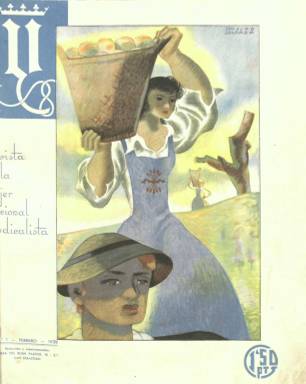
Título: Y (Madrid)
Otros títulos: Revista de la mujer nacional sindicalista || Revista para la mujer, Y || Y, revista de la mujer || Para la mujer, Y || Y, para la mujer || Y griega
Colección: Revistas femeninas
Ámbito geográfico: Madrid
Lugar de publicación: Madrid
Fechas: 01/02/1938-01/12/1945

Nacida en plena Guerra Civil, esta revista mensual es el órgano de la Sección Femenina de Falange Española, creada por Pilar Primo de Rivera, hermana de José Antonio, el fundador del partido. El nombre de Y hace alusión al yugo y las flechas, emblema de Falange basado en la heráldica de los Reyes Católicos. La reina Isabel de Castilla escogió las flechas como símbolo de la F de Fernando, y el rey de Aragón el yugo como símbolo de la Y de Isabel, cuya inicial se escribía entonces con Y griega.

   El nombre de la publicación, cuyo subtítulo era revista de las mujeres nacional sindicalistas, es pues coherente con el ideario de la Falange de recuperar la grandeza pasada de España para que fuera un espejo en el que se mirase la nueva España resultante de la victoria en la Guerra Civil.

   La publicación estaba muy bien editada, con casi 50 páginas, algunas de ellas en color, y numerosas ilustraciones, tanto fotografías como grabados. La tipografía, variada y artística, era otro de los rasgos singulares de la revista.

 Por supuesto, las actividades de la Sección Femenina de Falange son la información predominante de la publicación, pero hay una gran variedad de contenidos, como vemos resumido en el primer número:

‘Camaradas: ya tenemos nuestra revista, la revista de las mujeres nacionalsindicalistas, en la que encontramos todo lo que nos hace falta, nuestras normas de conducta, basadas en el espíritu de la nueva España, las orientaciones que debemos seguir, los ejemplos que tenemos que imitar y, mezclado con el aliento espiritual, encontramos también en nuestra revista el rincón de los niños, las páginas de las labores, la moda, la cocina, todo en fin lo que nosotras necesitamos’.

  También en el primer número se puede leer un reportaje dedicado a la Sección Femenina y Pilar Primo de Rivera, alma de la revista, realizado por quien fue responsable de Propaganda del bando nacional durante la Guerra, Dionisio Ridruejo, de quien también se puede leer más adelante algún poema. Ridruejo fue una verdadera ‘rara avis’ de la política y la literatura española del siglo XX. Habiendo formado parte del bando vencedor y ocupado puestos directivos, abandonó poco después de la guerra esos cargos para pasar a ser un opositor al régimen de Franco y abogar más tarde por la democracia.

  A partir del número 3, de abril de 1938, la publicación pasará a llevar por título Revista para la Mujer, aunque conservará una artística Y mayúscula en su cubierta. A partir del siguiente número se incluirá un sumario con todos los colaboradores, tanto literarios como gráficos. Entre los primeros figuran Agustín de Foxá, Alfredo Marquerie, algunos miembros de la aristocracia y fray Justo Pérez de Urbel, que llegaría a ser el primer abad del monasterio del Valle de los Caídos.

La revista comenzó editándose en San Sebastián, pero pasó a editarse en Madrid tras la victoria del bando nacional. En el número de abril de 1939 se puede encontrar un documento histórico de primer orden. Se trata de una entrevista con Miguel Primo de Rivera tras su liberación. Había pasado tres años encarcelado y fue juzgado al inicio de la guerra junto con su hermano José Antonio, que fue condenado a muerte. Miguel cuenta en la entrevista cómo fueron las últimas horas del que fue considerado por el bando nacional su principal ‘mártir’.

En esta colección faltan los números de enero a mayo de 1940, que no se han podido digitalizar por su mal estado de conservación.

[Descripción publicada el 21/7/2022]